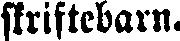
skriftebarn.